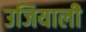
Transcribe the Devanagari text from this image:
उजियाली